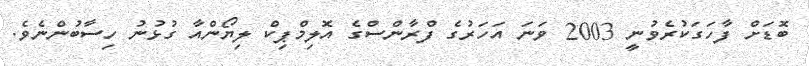
ބޮޑަށް ފާހަގަކުރެވުނީ 2003 ވަނަ އަހަރުގެ ފްރާންސްގެ އޮލިމްޕިކް ލިޔޯންއާ ގުޅުނު ހިސާބުންނެވެ.